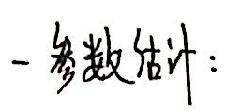
- 参数估计：